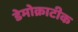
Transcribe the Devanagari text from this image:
डेमोक्राटीक